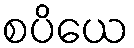
စပိယေ